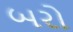
બરો